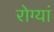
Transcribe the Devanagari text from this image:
रोग्यां